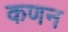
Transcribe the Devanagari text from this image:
कणन